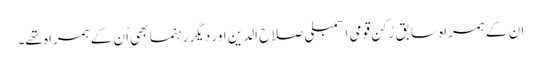
ان کے ہمراہ سابق رُکن قومی اسمبلی صلاح الدین اور دیگر رہنما بھی اُن کے ہمراہ تھے۔